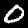
Label: 0